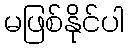
မဖြစ်နိုင်ပါ